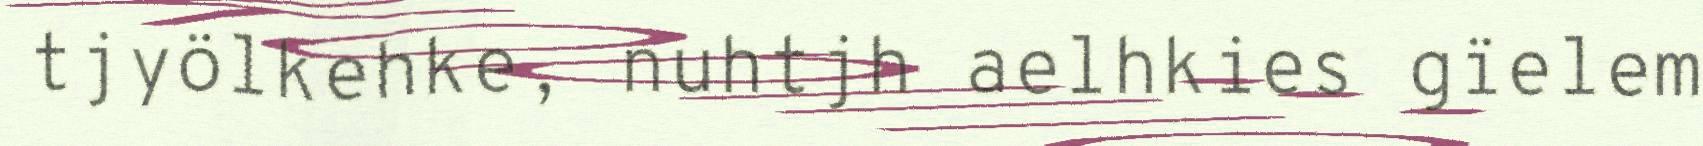
tjyölkehke, nuhtjh aelhkies gïelem